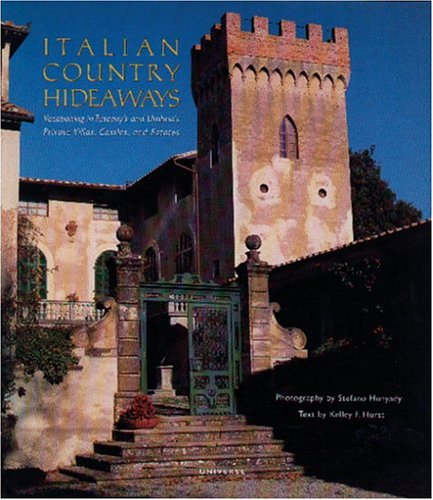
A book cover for Italian Country Hideaways: Vacationing in Tuscany and Umbria's Most Unforgettable Private Villas, Castles, and Estates; Kelley Hurst; Travel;